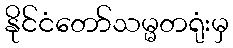
နိုင်ငံတော်သမ္မတရုံးမှ